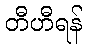
တီဟီရန်